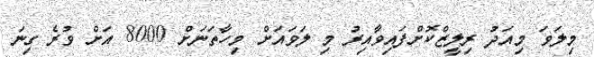
މިލަވަ މިއަދު ރިލީޒްކޮށްފައިވާއިރު މި ލަވައަށް މިހާތަނަށް 8000 އަށް ވުރެ ގިނަ